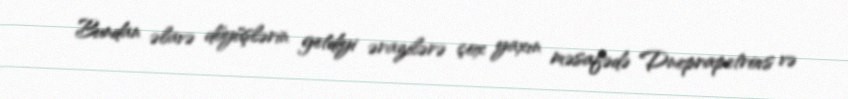
Bundan əlavə döyüşlərin getdiyi ərazilərə çox yaxın məsafədə Dneprapetrovs və